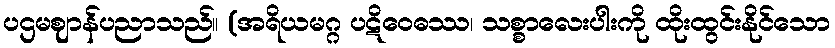
ပဌမဈာန်ပညာသည်။ (အရိယမဂ္ဂ ပဋိဝေဓဿ၊ သစ္စာလေးပါးကို ထိုးထွင်းနိုင်သော